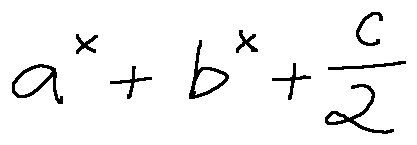
a ^ { x } + b ^ { x } + \frac { c } { 2 }